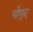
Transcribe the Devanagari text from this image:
पोगुए